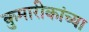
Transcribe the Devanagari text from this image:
कुमारीकांच्या